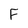
Character: F